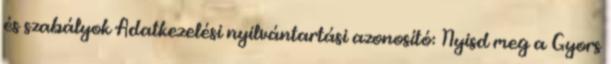
és szabályok Adatkezelési nyilvántartási azonosító: Nyisd meg a Gyors